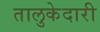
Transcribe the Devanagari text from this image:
तालुकेदारी